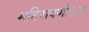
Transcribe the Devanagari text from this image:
महिरावणीच्या